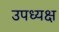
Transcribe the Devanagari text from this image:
उपध्यक्ष